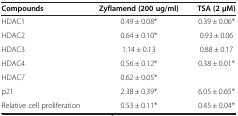
<table><thead><tr><td><b>Compounds</b></td><td><b>Zyflamend (200 ug/ml)</b></td><td><b>TSA (2 μM)</b></td></tr></thead><tbody><tr><td>HDAC1</td><td>0.49 ± 0.08*</td><td>0.39 ± 0.06*</td></tr><tr><td>HDAC2</td><td>0.64 ± 0.10*</td><td>0.93 ± 0.06</td></tr><tr><td>HDAC3</td><td>1.14 ± 0.13</td><td>0.88 ± 0.17</td></tr><tr><td>HDAC4</td><td>0.56 ± 0.12*</td><td>0.38 ± 0.01*</td></tr><tr><td>HDAC7</td><td>0.62 ± 0.05*</td><td>[EMPTY_CELL]</td></tr><tr><td>p21</td><td>2.38 ± 0.39*</td><td>6.05 ± 0.65*</td></tr><tr><td>Relative cell proliferation</td><td>0.53 ± 0.11*</td><td>0.45 ± 0.04*</td></tr></tbody></table>